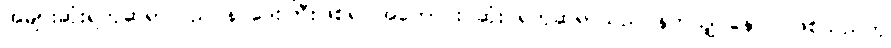
အများဆုံးရတုဆရာသည် နဝဒေးကြီးဖြစ်၍ အကောင်း ဆုံး ရတုဆရာသည် နတ်သျှင်နောင် ဖြစ်သည်ဟု